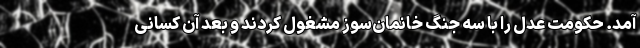
آمد. حکومت عدل را با سه جنگ خانمان‌سوز مشغول کردند و بعد آن کسانی